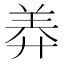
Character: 𦍰